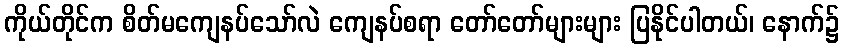
ကိုယ်တိုင်က စိတ်မကျေနပ်သော်လဲ ကျေနပ်စရာ တော်တော်များများ ပြနိုင်ပါတယ်၊ နောက်၌